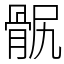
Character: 䯌